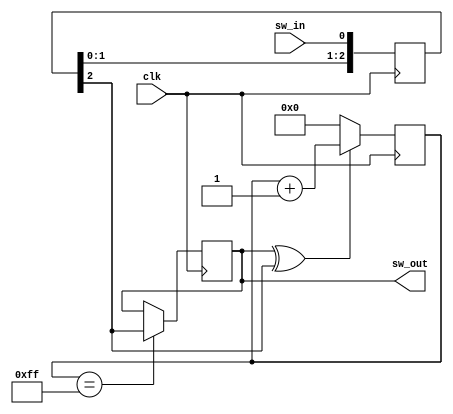
module sync_and_debounce_one
# (
    parameter depth = 8
)
(   
    input      clk,
    input      sw_in,
    output reg sw_out
);

    reg  [depth - 1:0] cnt;
    reg  [        2:0] sync;
    wire               sw_in_s;

    assign sw_in_s = sync [2];

    always @ (posedge clk)
        sync <= { sync [1:0], sw_in };

    always @ (posedge clk)
        if (sw_out ^ sw_in_s)
            cnt <= cnt + 1'b1;
        else
            cnt <= { depth { 1'b0 } };

    always @ (posedge clk)
        if (cnt == { depth { 1'b1 } })
            sw_out <= sw_in_s;

endmodule
module sync_and_debounce
# (
    parameter w = 1, depth = 8
)
(   
    input            clk,
    input  [w - 1:0] sw_in,
    output [w - 1:0] sw_out
);

    genvar sw_cnt;

    generate
        for (sw_cnt = 0; sw_cnt < w; sw_cnt = sw_cnt + 1)
        begin : gen_sync_and_debounce
           
           sync_and_debounce_one
           # (.depth (depth))
           i_sync_and_debounce_one
           (    
              .clk    ( clk             ),
              .sw_in  ( sw_in  [sw_cnt] ),
              .sw_out ( sw_out [sw_cnt] )
           );

        end
    endgenerate 

endmodule